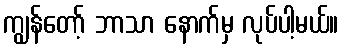
ကျွန်တော့် ဘာသာ နောက်မှ လုပ်ပါ့မယ်။